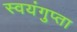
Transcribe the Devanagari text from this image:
स्वयंगुप्ता